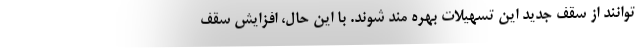
توانند از سقف جدید این تسهیلات بهره مند شوند. با این حال، افزایش سقف